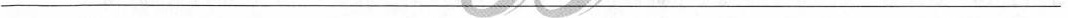
___